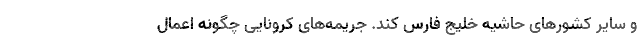
و سایر کشورهای حاشیه خلیج فارس کند. جریمه‌های کرونایی چگونه اعمال